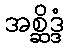
အစ္ဆိဒ္ဒံ